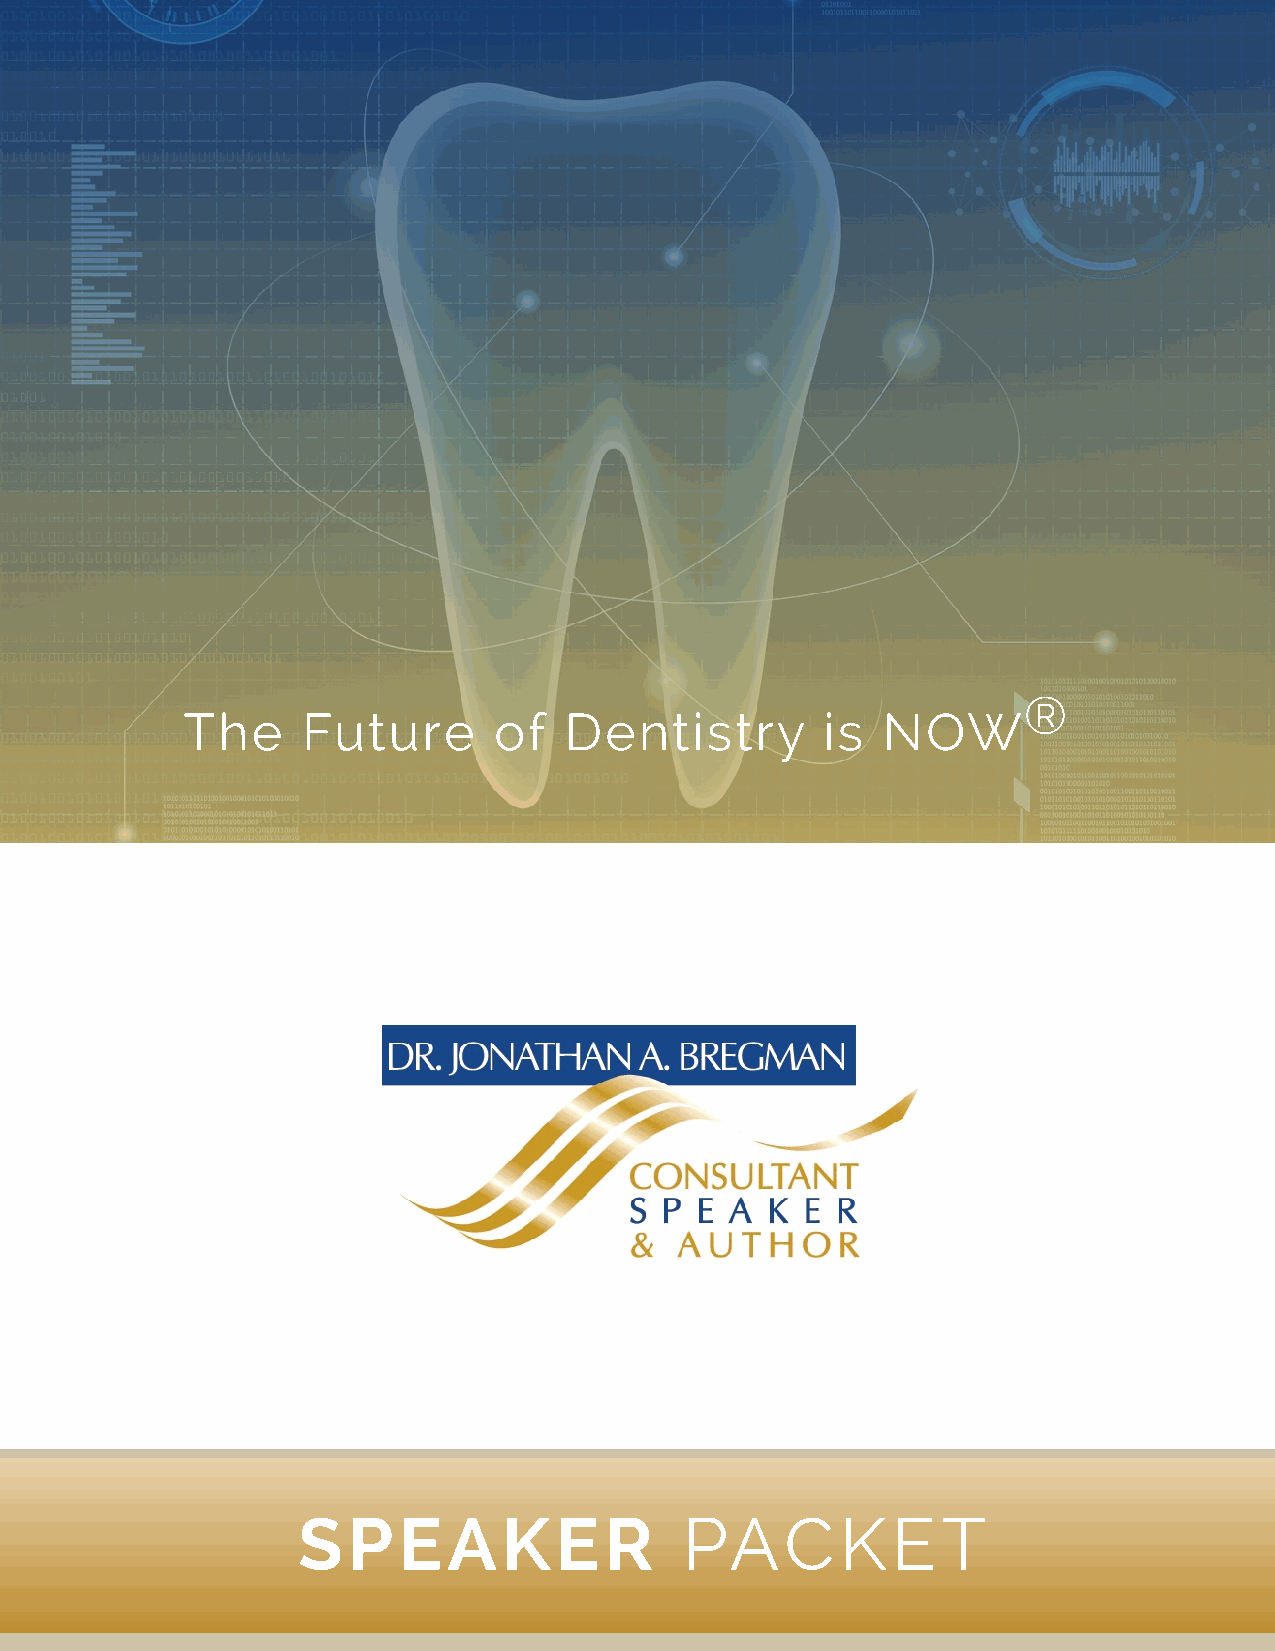
®
 The     Future       of  Dentistry         is NOW
 SPEAKER                  PACKET